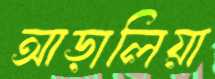
আড়ালিয়া